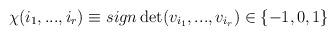
LaTeX: \begin{align*}\chi (i_{1},...,i_{r})\equiv sign\det (v_{i_{1}},...,v_{i_{r}})\in\{-1,0,1\}\end{align*}